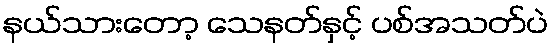
နယ်သားတော့ သေနတ်နှင့် ပစ်အသတ်ပဲ